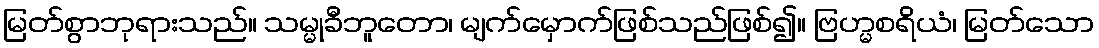
မြတ်စွာဘုရားသည်။ သမ္မုခီဘူတော၊ မျက်မှောက်ဖြစ်သည်ဖြစ်၍။ ဗြဟ္မစရိယံ၊ မြတ်သော